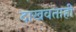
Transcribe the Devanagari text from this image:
दाखवताही